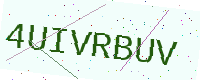
Text: 4UIVRBUV